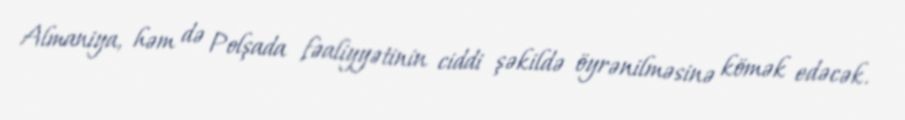
Almaniya, həm də Polşada fəaliyyətinin ciddi şəkildə öyrənilməsinə kömək edəcək.